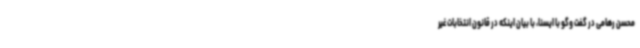
محسن رهامی در گفت وگو با ایسنا، با بیان اینکه در قانون انتخابات غیر